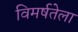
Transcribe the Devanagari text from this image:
विमर्षतेला